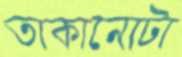
তাকানোটা